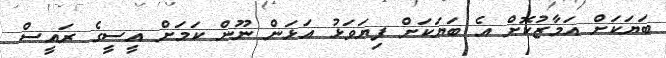
ބަޔަކަށް އަމާޒުކޮށް އެ ބަޔަކަށް ފިޔަވަޅު އަޅަން ނޫން ކަމަށް އީސީގެ ރައީސް